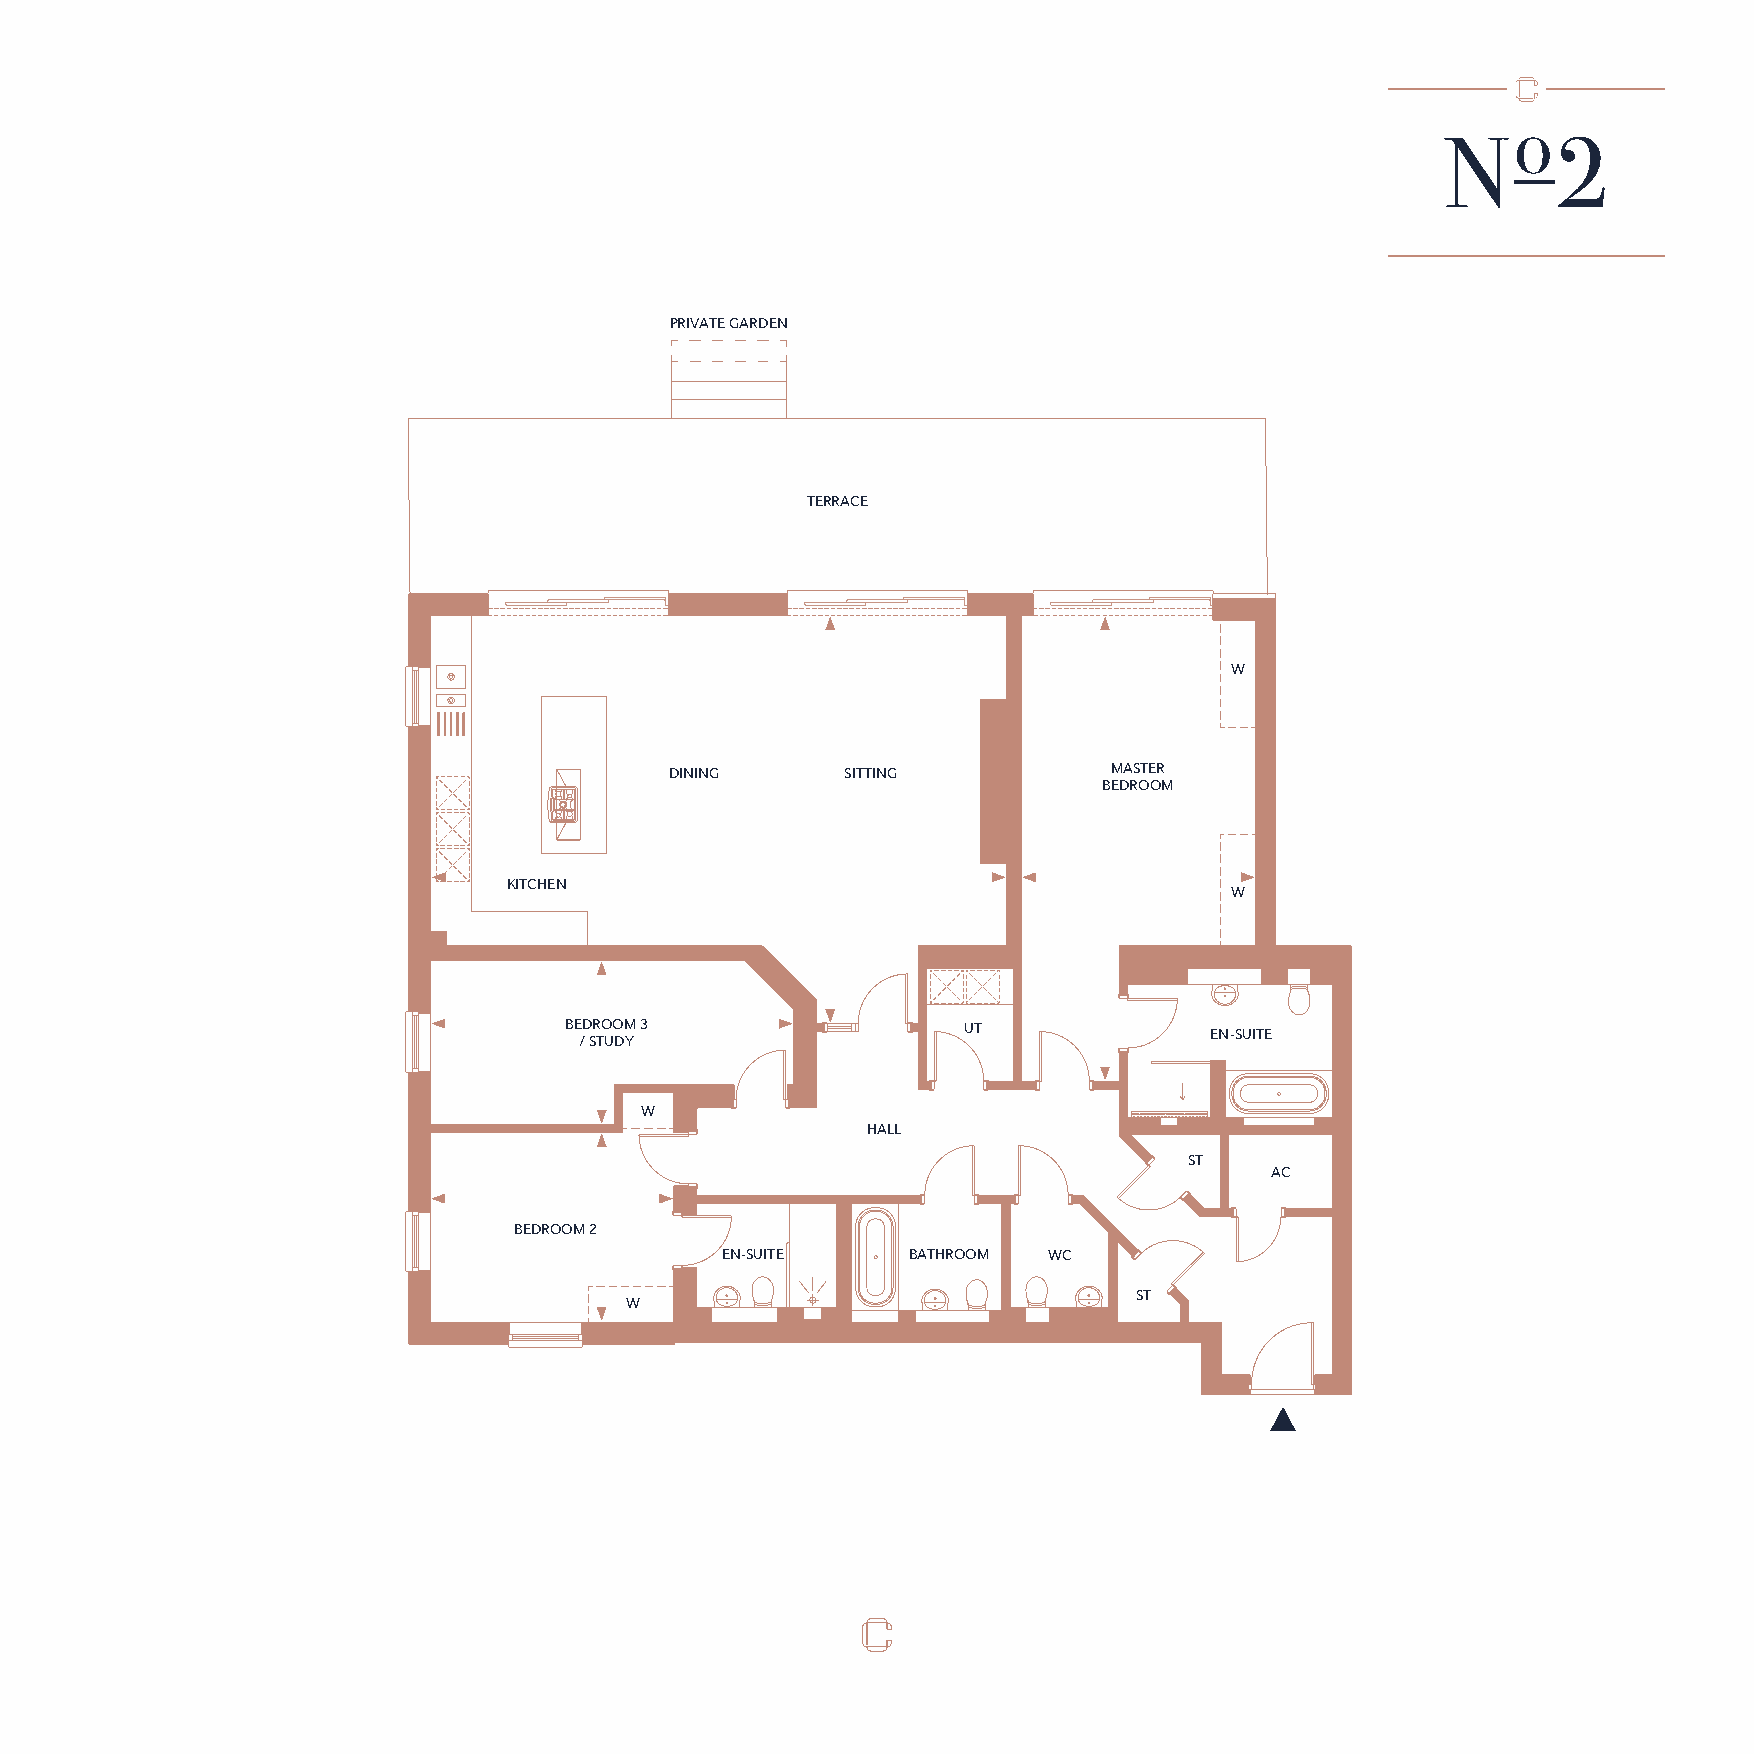
o
 N      2
 PRIVATE GARDEN
 TERRACE
 W
 DINING      SITTING           MASTER
 BEDROOM
 KITCHEN
 W
 BEDROOM 3                  UT              EN-SUITE
 / STUDY
 W
 HALL
 ST
 AC
 BEDROOM 2
 EN-SUITE    BATHROOM WC
 ST
 W
 GROUND  FLOOR FLAT 2 PLAN